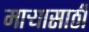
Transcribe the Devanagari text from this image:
माऱ्यासाठी